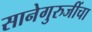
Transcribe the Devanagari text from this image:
सानेगुरुजींचा